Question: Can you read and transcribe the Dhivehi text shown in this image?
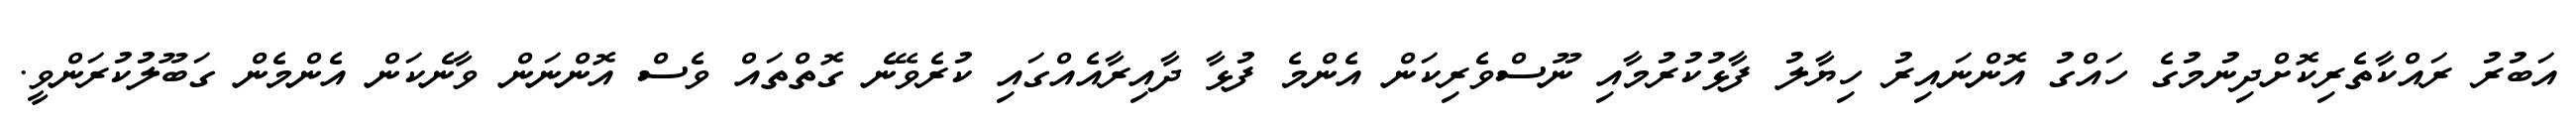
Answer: އަބުރު ރައްކާތެރިކޮށްދިނުމުގެ ހައްގު އޮންނައިރު ހިޔާލު ފާޅުކުރުމާއި ނޫސްވެރިކަން އެންމެ ފުޅާ ދާއިރާއެއްގައި ކުރެވޭނެ ގޮތްތައް ވެސް އޮންނަން ވާނެކަން އެންމެން ގަބޫލުކުރަންވީ.